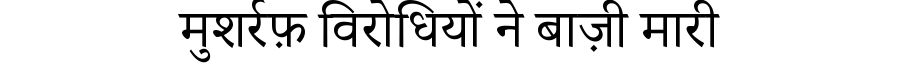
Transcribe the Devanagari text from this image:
मुशर्रफ़ विरोधियों ने बाज़ी मारी